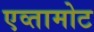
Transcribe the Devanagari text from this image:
एव्तामोट